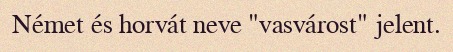
Német és horvát neve "vasvárost" jelent.